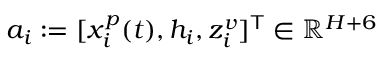
a _ { i } : = [ x _ { i } ^ { p } ( t ) , h _ { i } , z _ { i } ^ { v } ] ^ { \mathsf { T } } \in \mathbb { R } ^ { H + 6 }